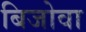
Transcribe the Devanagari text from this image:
बिजोवा